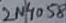
Text: 2N4058